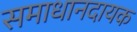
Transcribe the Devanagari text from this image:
समाधानदायक